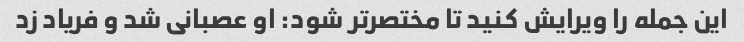
این جمله را ویرایش کنید تا مختصرتر شود: او عصبانی شد و فریاد زد